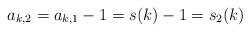
LaTeX: \begin{align*}a_{k,2} =a_{k,1}-1 = s(k) - 1 = s_2(k)\end{align*}